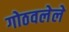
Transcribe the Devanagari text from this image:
गोठवलेले